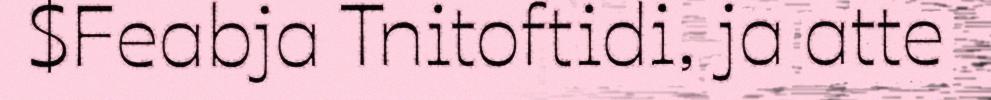
$Feabja Tnitoftidi, ja atte